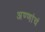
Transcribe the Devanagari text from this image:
अण्णांचं